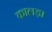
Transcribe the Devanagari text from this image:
कालड़ा